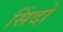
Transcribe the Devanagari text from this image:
सिंदो